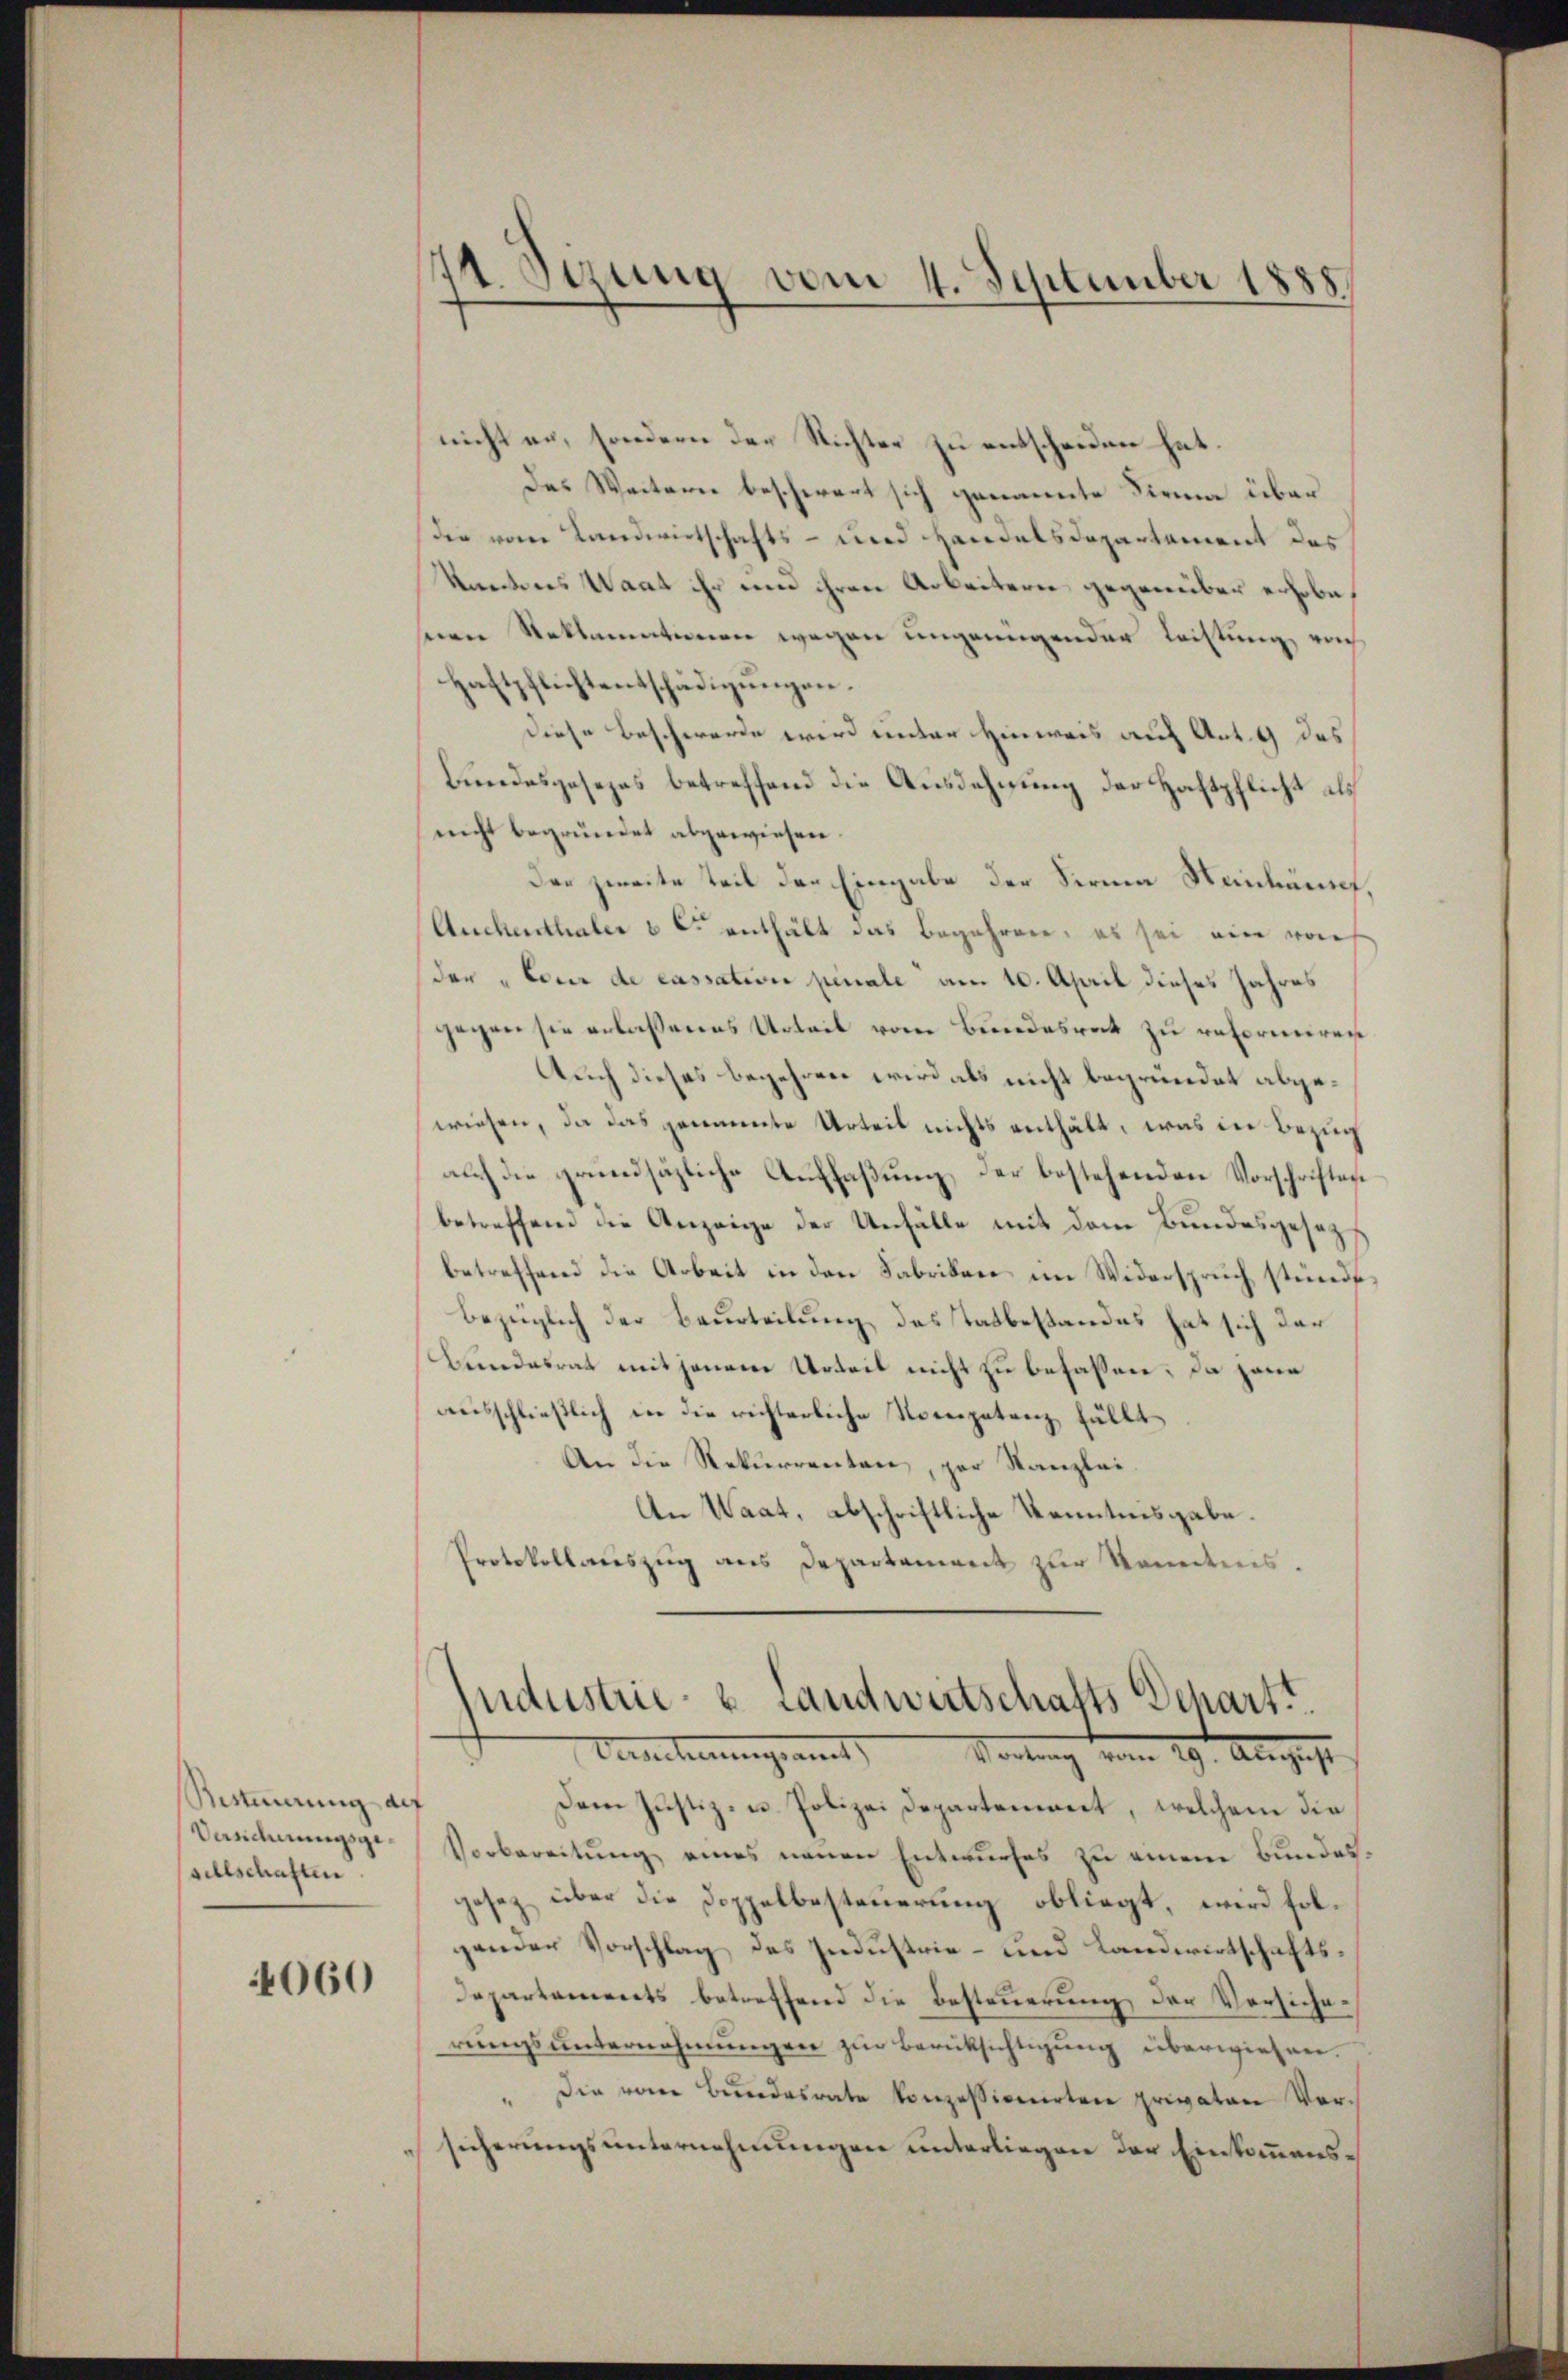
Besteuerung der
Vanehnungsgesellschaften.

4060

nicht an, sondern der Richter zu entscheiden hat.
Das Weitern beschwert sich genannte Firma über
(der von Landwirtschafts- und Handelsdepartament das
Kantons Waat ihr und ihren Arbeitern gegenüber erhobehnen Reklamatinen wegen ungrungender Leistung nach
Haftpflichtentschädigungen.
diese Beschwerde wird unter Hinweis auf Ant. 9 des
Bundesgesezes betreffend die Ausdehnung der Haftpflicht als
nicht begründet abgewiesen.
der zweite Teil der Eingabe der Firma Saidumpf,
Auchenthaler & C. enthält das begehren, es sei ein von
(der „Cour de cassation penale am 10. April dieses Jahres
gegen sie erlassenes Urteil vom Bundesrat zu reformiren
Auch dieses begehren wird als nicht begründet abgewiesen, da das genannte Urteil nichts enthält, was in Bezug
auch die grundsätzliche Auffaßung der bestehenden Vorschriften
betreffend die Anzeige der Unfälle mit dem Bundesgese
betreffend die Arbeit in den Fabrikane im Widerspruch stünde.
bezüglich der Beurteilung des Tatbestandes hat sich der
Bundesrat mit jenem Urteil nicht zu befassen. Da jene
ausschließlich in die richterliche Nompetenz fällt
An die Rekurrenten, zur Kanzlei¬
An Waat, abschriftliche Kenntnisgabe.
Protokollaŭszŭg ans Departement zŭr Sonntens.

14. Sizung vom 4. September 1888

Industrie- & Landwirtschafts Schart.
Vernehmungsamit Vortung vom 29. August

Dem Justiz- u. Polizei Departement, welchem die
Vorbereitung eines neuen Entwurfes zu einene Bundesgesez über die Doppelbesteuerung obliegt, wird folgander Vorschlag des Industrie- und Landwirtschafts¬
Departaments betreffend die Besteuerung der Versicherungsunternehmungen zur Berüksichtigung überwiesen.
" Die vom Bŭndesrate konzessionirten privaten Vor-
sicherungsunternehmungen unterliegen der Einkommens¬